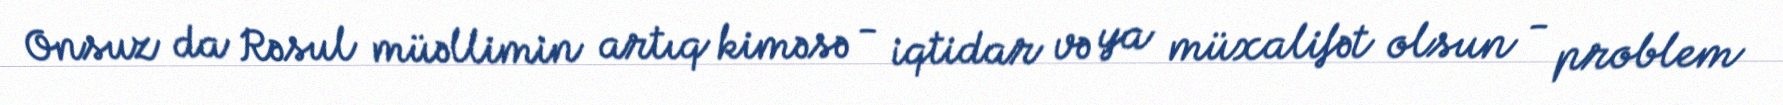
Onsuz da Rəsul müəllimin artıq kiməsə - iqtidar və ya müxalifət olsun - problem